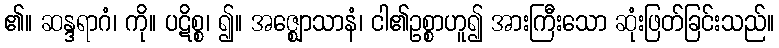
၏။ ဆန္ဒရာဂံ၊ ကို။ ပဋိစ္စ၊ ၍။ အဇ္ဈောသာနံ၊ ငါ၏ဥစ္စာဟူ၍ အားကြီးသော ဆုံးဖြတ်ခြင်းသည်။